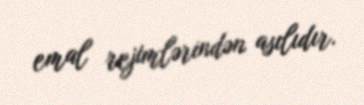
emal rejimlərindən asılıdır.